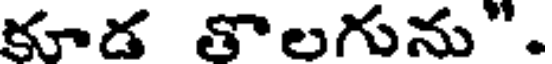
కూడ తొలగును".